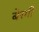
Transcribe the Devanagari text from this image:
बेरगी